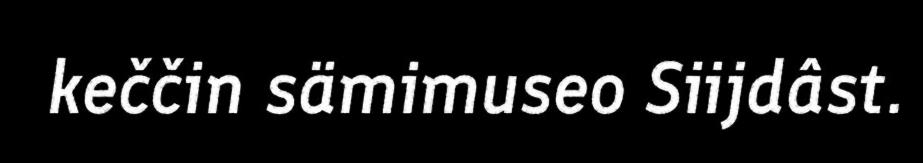
keččin sämimuseo Siijdâst.